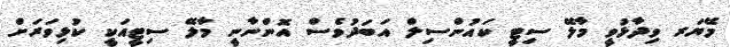
މޭޔަރ ވިދާޅުވީ މާލޭ ސިޓީ ކައުންސިލް އަބަދުވެސް އޮންނާނީ މާލޭ ސިޓީއަކީ ކުޅިވަރަށް